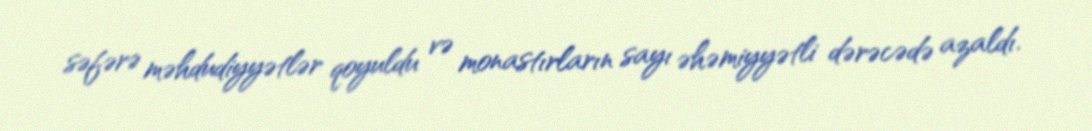
səfərə məhdudiyyətlər qoyuldu və monastırların sayı əhəmiyyətli dərəcədə azaldı.